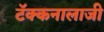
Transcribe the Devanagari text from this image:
टॅक्कनालाजी